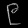
Digit: ၉